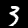
Digit: 3